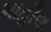
માહૌલ